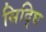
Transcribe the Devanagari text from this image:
सिद्घि